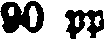
90 pp